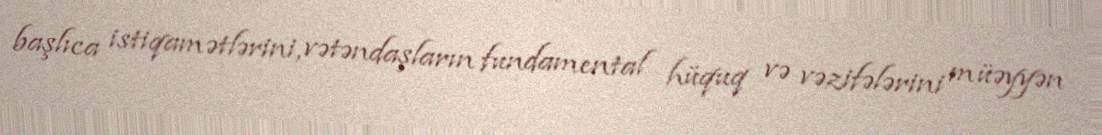
başlıca istiqamətlərini, vətəndaşların fundamental hüquq və vəzifələrini müəyyən